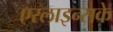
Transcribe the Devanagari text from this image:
एरलाइन्सके